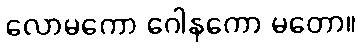
လောမကော ဂေါနကော မတော။